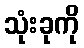
သုံးခုကို